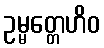
ဥမ္မတ္တေဟိဝ